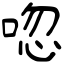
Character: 唿